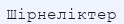
Шірнеліктер